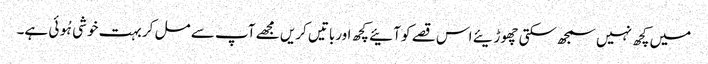
میں کچھ نہیں سمجھ سکتی چھوڑیئے اس قصے کو آئیے کچھ اورباتیں کریں مجھے آپ سے مل کر بہت خوشی ہُوئی ہے۔